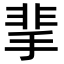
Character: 𩇮